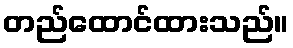
တည်ထောင်ထားသည်။